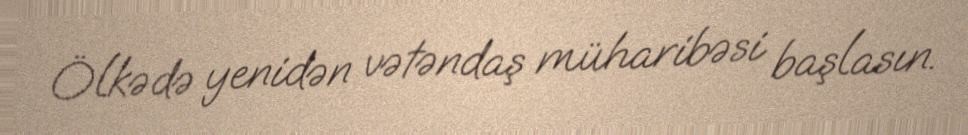
Ölkədə yenidən vətəndaş müharibəsi başlasın.